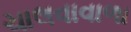
ચાલવાવાળા